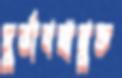
দুর্ভাবনামুক্ত